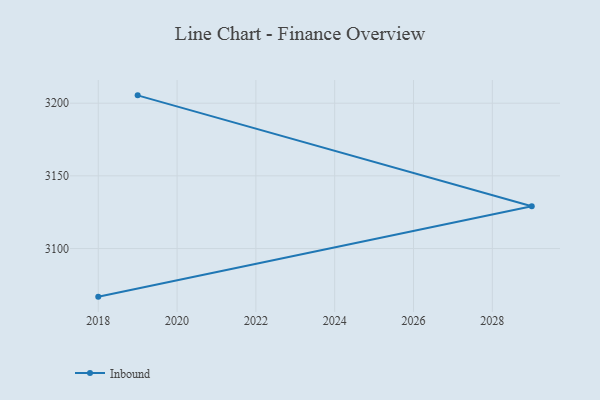
{"axis": {"x": "Year", "y": "Headcount"}, "legend": ["Inbound"], "data": [{"x": "2018", "y": 3066.9, "type": "Inbound"}, {"x": "2029", "y": 3129.1, "type": "Inbound"}, {"x": "2019", "y": 3205.4, "type": "Inbound"}]}